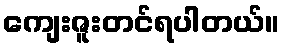
ကျေးဇူးတင်ရပါတယ်။